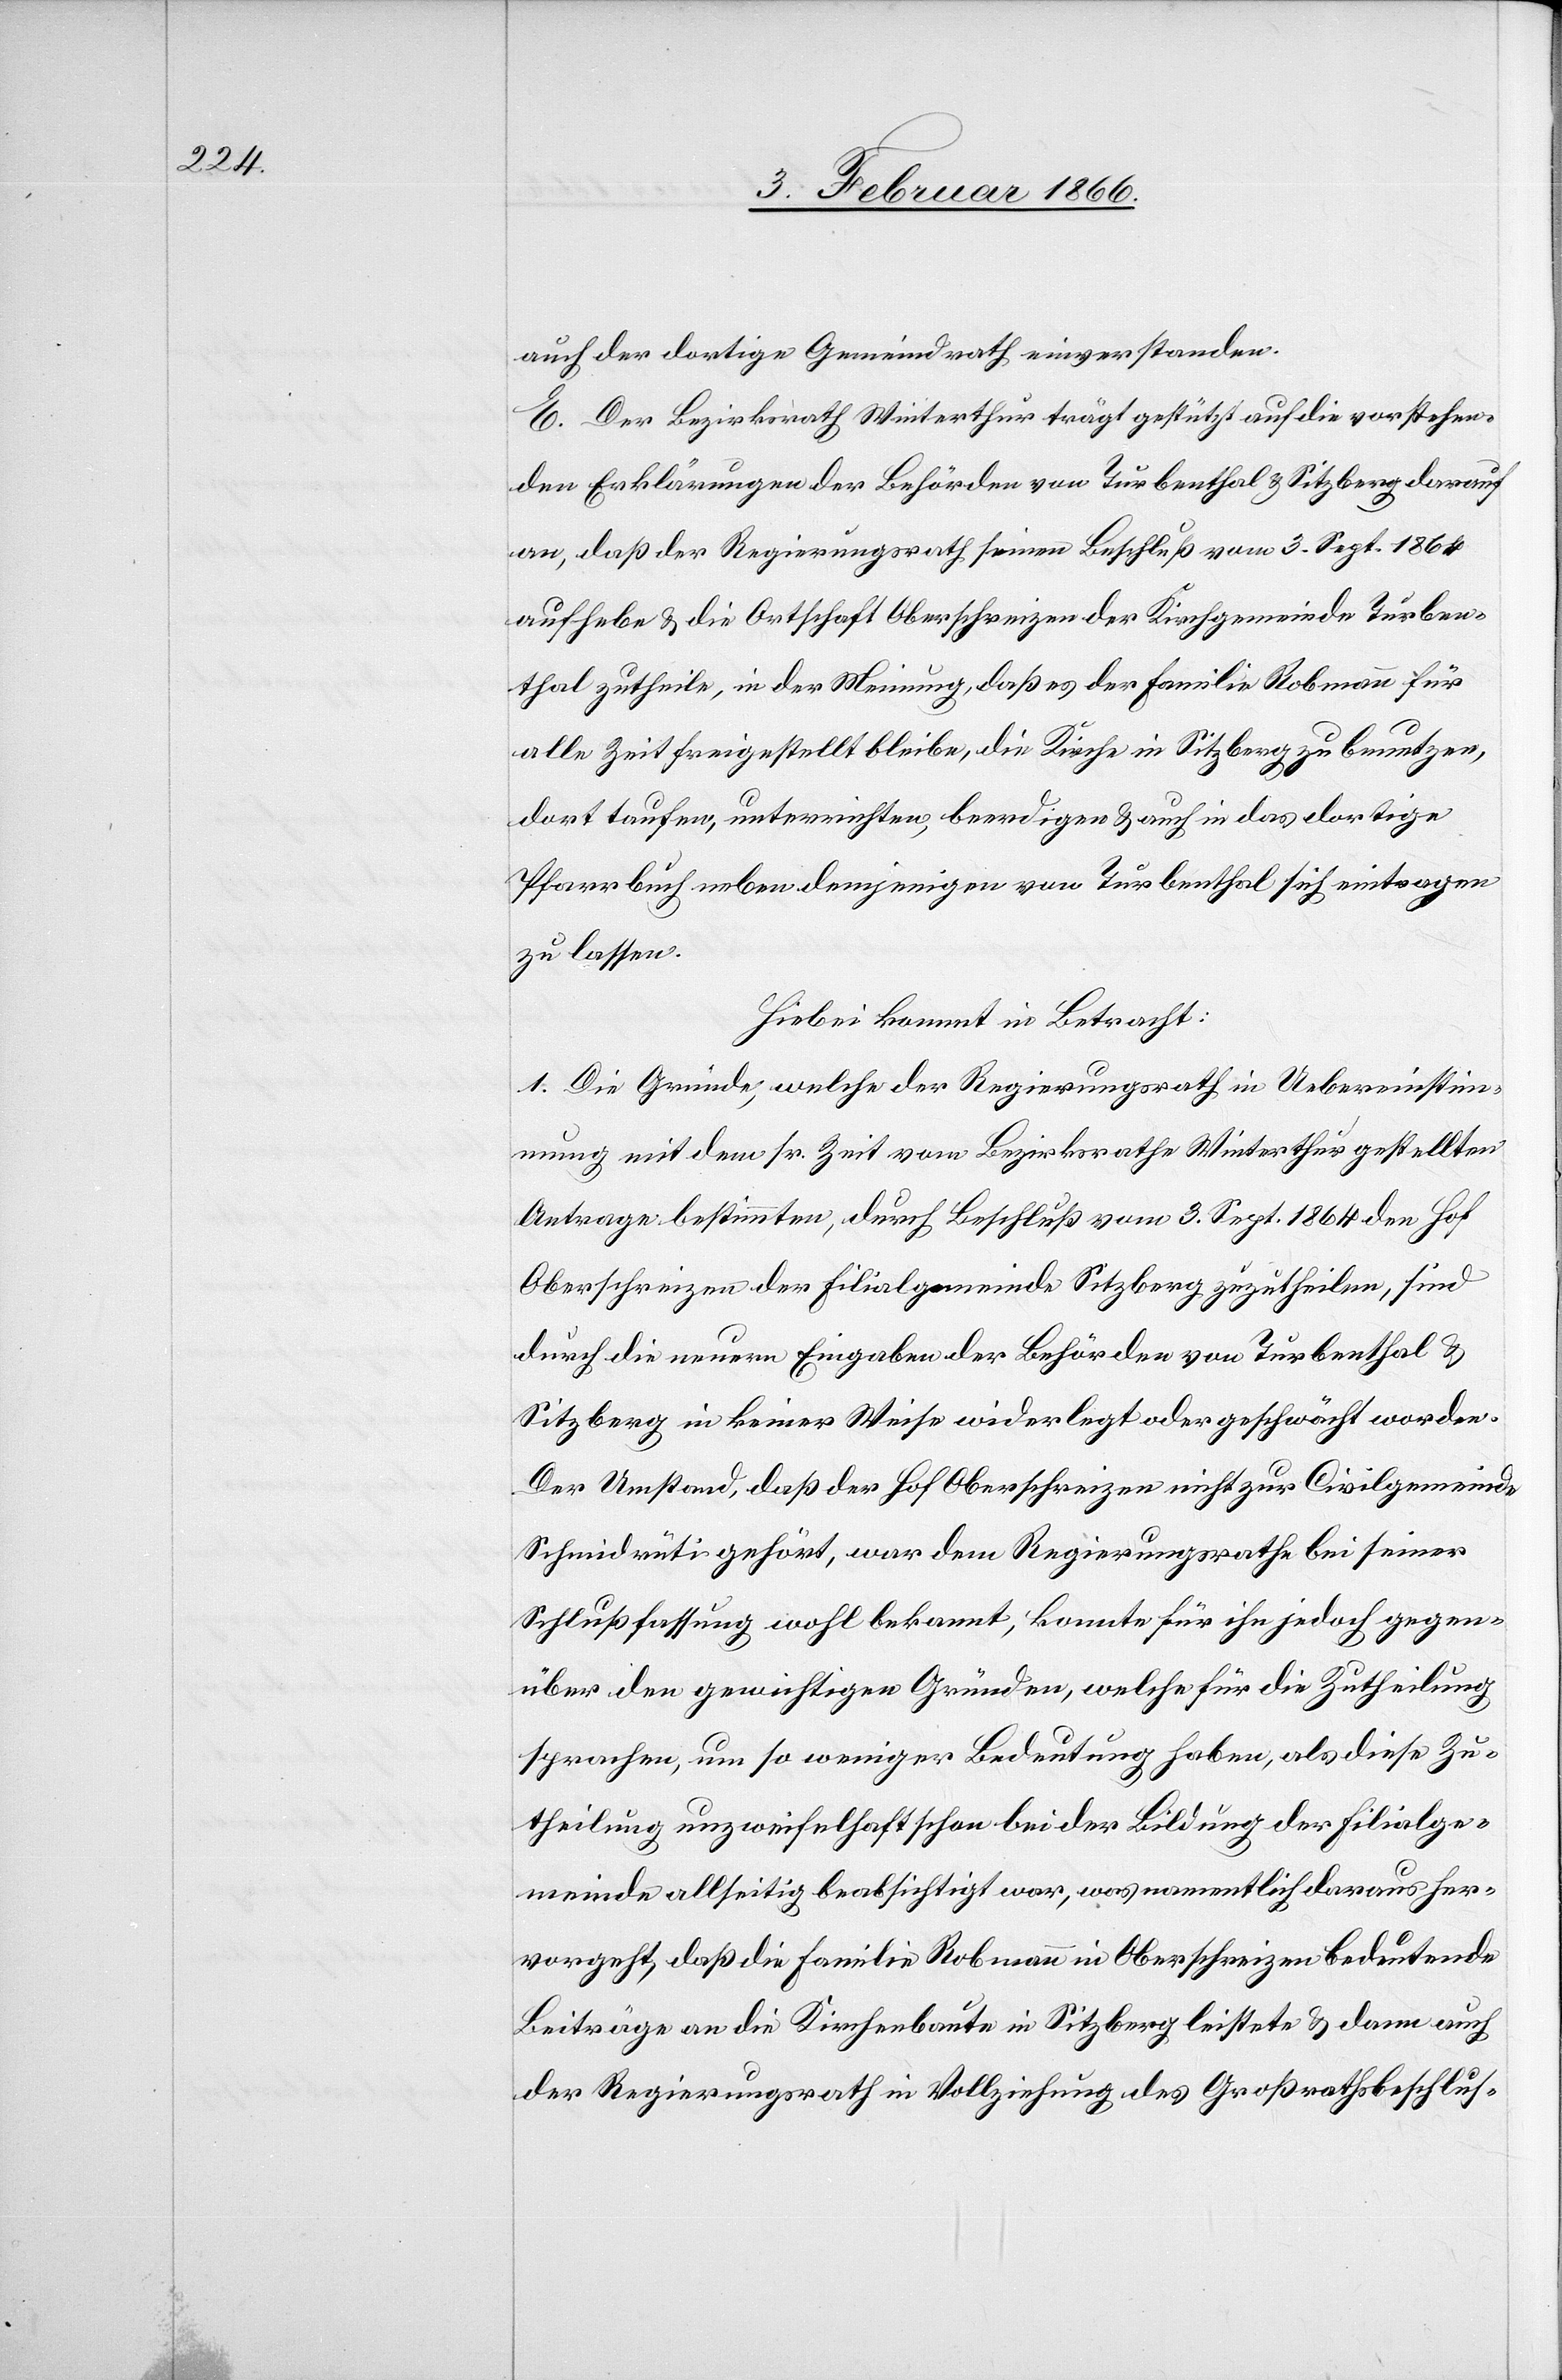
auch der dortige Gemeindrath einverstanden.
E. Der Bezirksrath Winterthur trägt gestützt auf die vorstehen¬
den Erklärungen der Behörden von Turbenthal u. Sitzberg darauf
an, daß der Regierungsrath seinen Beschluß vom 3. Sept. 1864
aufhebe u. die Ortschaft Oberschreizen der Kirchgemeinde Turben¬
thal zutheile, in der Meinung, daß es der Familie Robmann für
alle Zeiten freigestellt bleibe, die Kirche in Sitzberg zu benutzen,
dort taufen, unterrichten, beerdigen u. auch in das dortige
Pfarrbuch neben demjenigen von Turbenthal sich eintragen
zu lassen.
Hiebei kommt in Betracht:
1. Die Gründe, welche der Regierungsrath in Uebereinstim¬
mung mit dem sr. Zeit vom Bezirksrathe Winterthur gestellten
Antrage bestimmten, durch Beschluß vom 3. Sept. 1864 den Hof
Oberschreizen der Filialgemeinde Sitzberg zuzutheilen, sind
durch die neuern Eingaben der Behörden von Turbenthal u.
Sitzberg in keiner Weise widerlegt oder geschwächt worden.
Der Umstand, daß der Hof Oberschreizen nicht zur Civilgemeinde
Schmidrüti gehört, war dem Regierungsrathe bei seiner
Schlußfassung wohl bekannt, konnte für ihn jedoch gegen¬
über den gewichtigen Gründen, welche für die Zutheilung
sprachen, um so weniger Bedeutung haben, als diese Zu¬
theilung unzweifelhaft schon bei der Bildung der Filialge¬
meinde allseitig beabsichtigt war, was namentlich daraus her¬
vorgeht, daß die Familie Robmann in Oberschreizen bedeutende
Beiträge an die Kirchenbaute in Sitzberg leistete u. dann auch
der Regierungsrath in Vollziehung des Großrathsbeschlus-